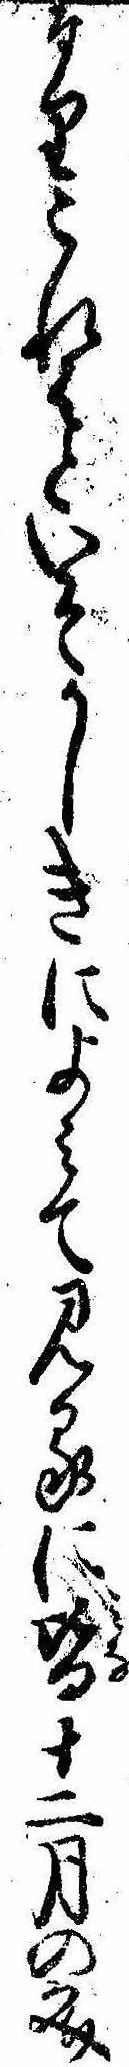
なりこれはといそかしきによみて見るに皆十二月の文